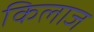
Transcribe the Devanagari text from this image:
किलाज